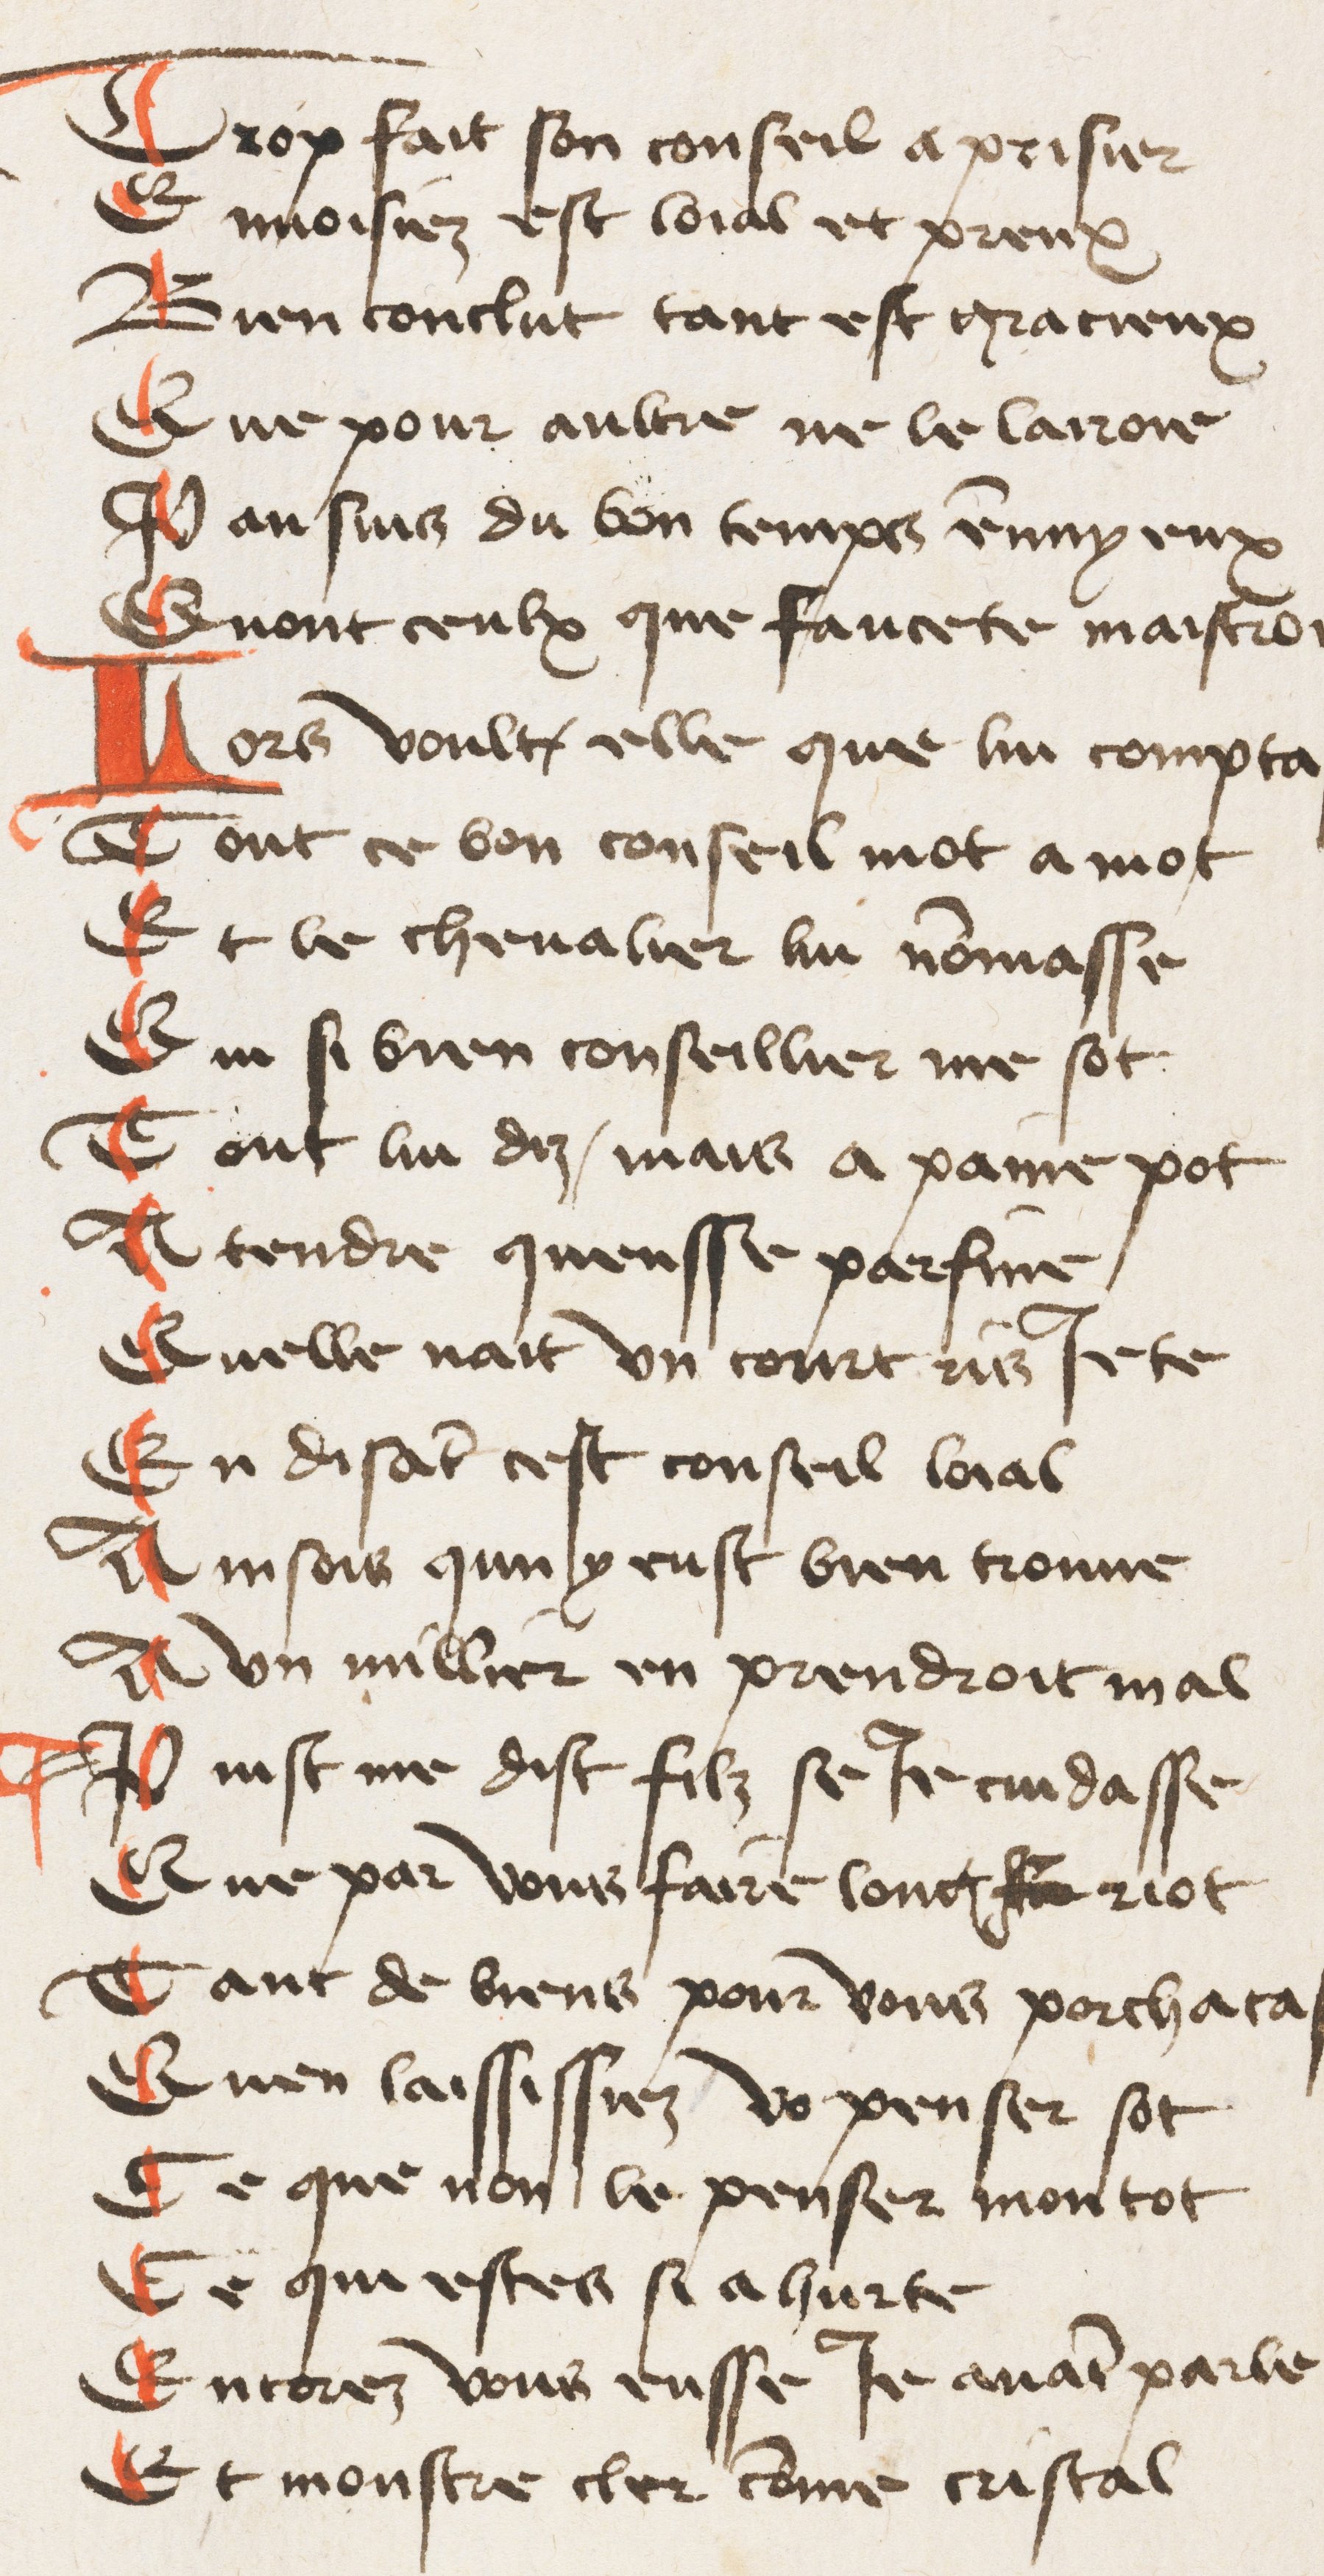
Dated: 1425–1435